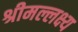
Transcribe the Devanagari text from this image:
श्रीमल्लक्ष्य